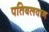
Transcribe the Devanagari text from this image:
पतिबलवान